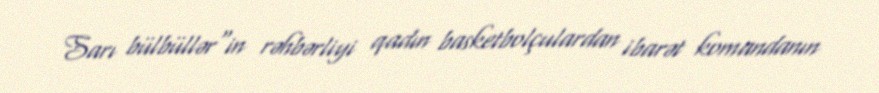
Sarı bülbüllər"in rəhbərliyi qadın basketbolçulardan ibarət komandanın